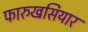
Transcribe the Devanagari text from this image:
फारुखसियार